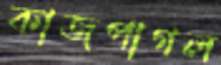
কাজপাগল